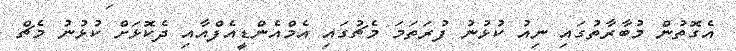
އެގޮތުން މުބާރާތުގައި ނިއު ކުޅުނު ފުރަތަމަ މެޗުގައި އެމްއެންޑީއެފްއާއި ދެކޮޅަށް ކުޅުނު މެޗް